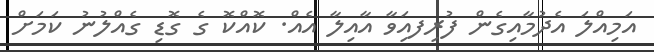
އަމިއްލަ އެދުމާއިގެން ފުރިފއަިވާ އާއިލާ އެއް. ކޮއްކޮ ގެ ގޮޑި ގެއްލުނު ކަމަށް